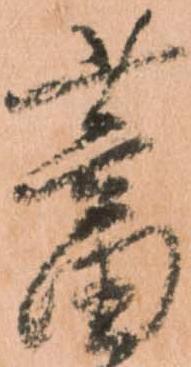
蓄